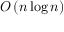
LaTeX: O \left( n \log n \right)